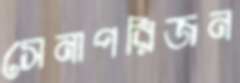
সেনাপরিজন